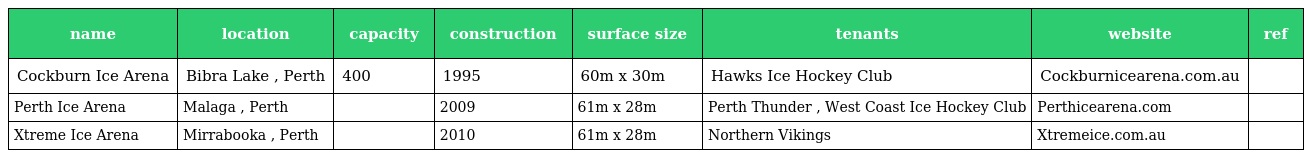
| name | location | capacity | construction | surface size | tenants | website | ref |
 | --- | --- | --- | --- | --- | --- | --- | --- |
 | Cockburn Ice Arena | Bibra Lake , Perth | 400 | 1995 | 60m x 30m | Hawks Ice Hockey Club | Cockburnicearena.com.au |  |
 | Perth Ice Arena | Malaga , Perth |  | 2009 | 61m x 28m | Perth Thunder , West Coast Ice Hockey Club | Perthicearena.com |  |
 | Xtreme Ice Arena | Mirrabooka , Perth |  | 2010 | 61m x 28m | Northern Vikings | Xtremeice.com.au |  |